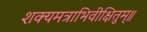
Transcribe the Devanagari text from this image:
शक्यमत्राभिवीक्षितुम्॥